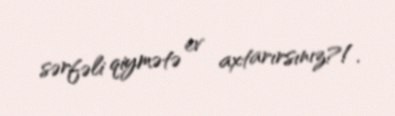
sərfəli qiymətə ev axtarırsınız?!.